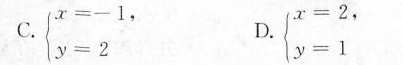
C.$$\begin{cases} x = - 1 ， \\ \\ y = 2 \end{cases}$$ D.$$\begin{cases} x = 2， \\ \\ y = 1 \end{cases}$$